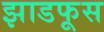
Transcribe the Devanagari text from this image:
झाडफूस